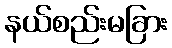
နယ်စည်းမခြား